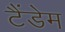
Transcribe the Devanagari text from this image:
टैंडेम